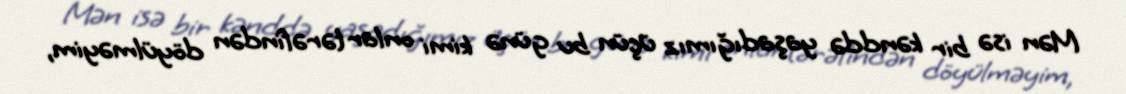
Mən isə bir kənddə yaşadığımız üçün bu günə kimi onlar tərəfindən döyülməyim,